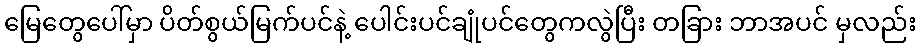
မြေတွေပေါ်မှာ ပိတ်စွယ်မြက်ပင်နဲ့ ပေါင်းပင်ချုံပင်တွေကလွဲပြီး တခြား ဘာအပင် မှလည်း